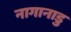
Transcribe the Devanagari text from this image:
नागानाडु